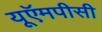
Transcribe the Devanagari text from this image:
यूऍमपीसी